Leningradi_Edasi_toimetus, lk 155
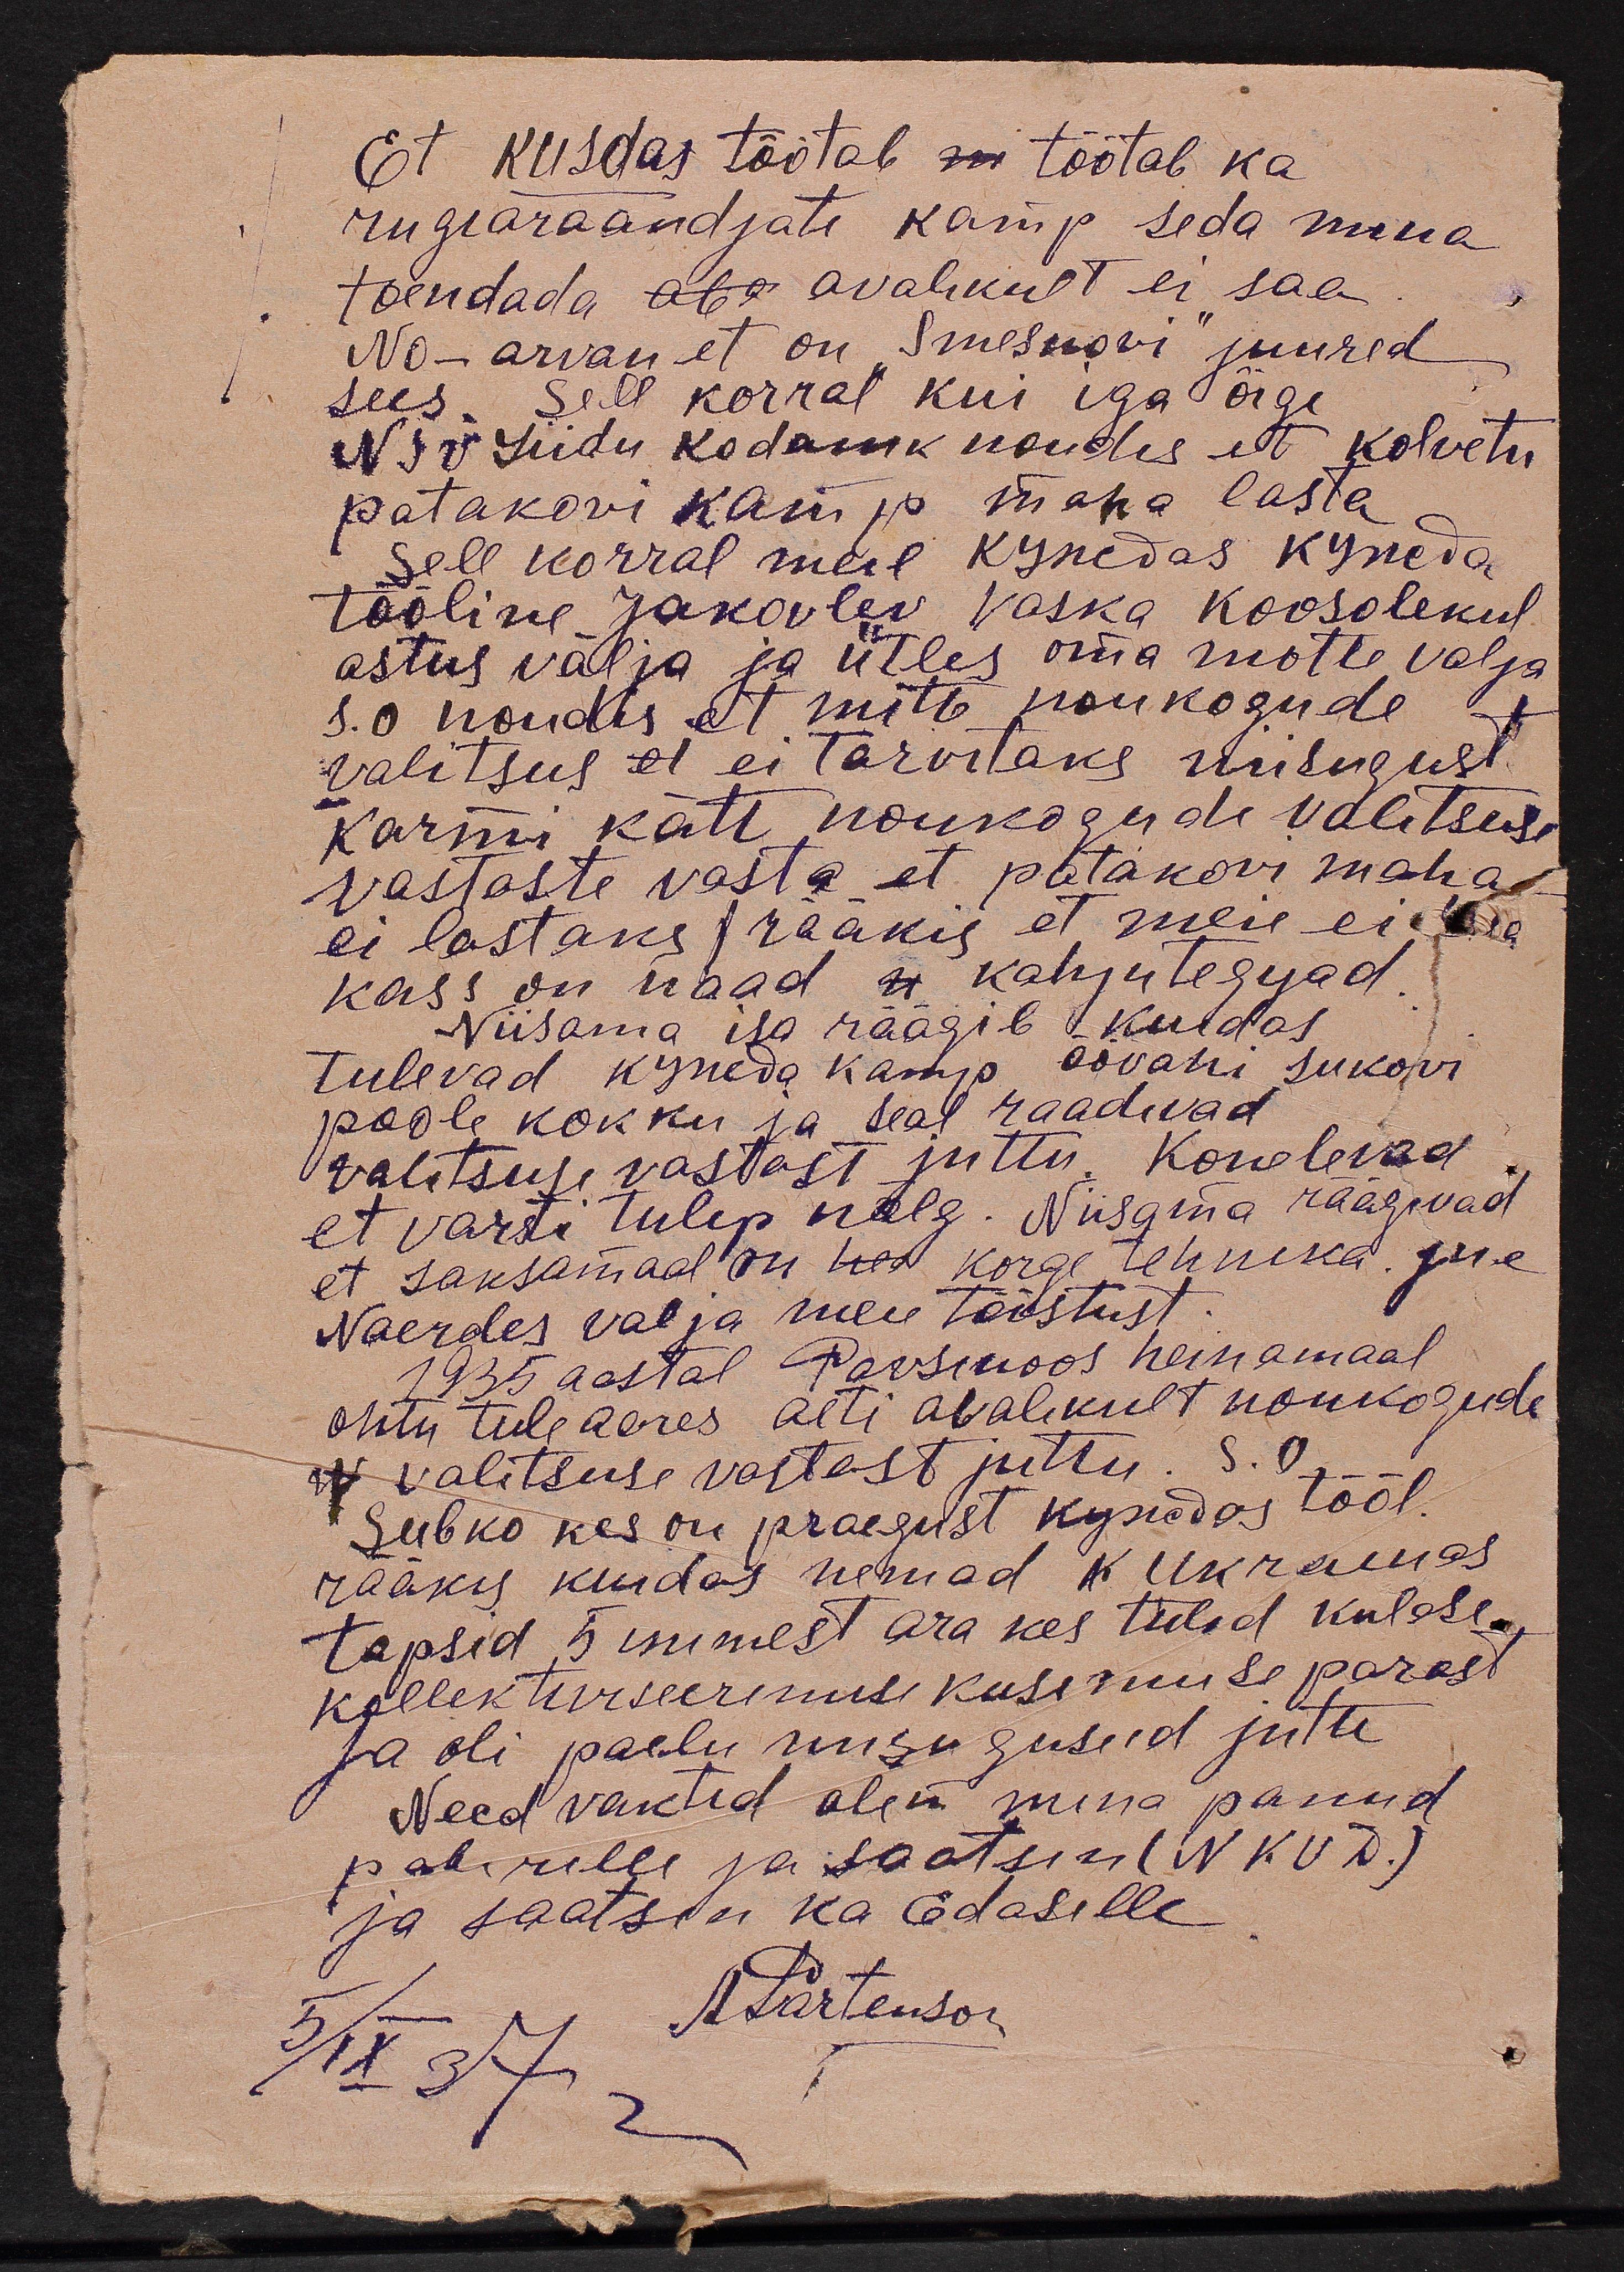
Et kuidas töötab töötab ka
riigi äraandjate kamp seda mina
toendada avalikult ei saa.
No - arvan, et on "Smesnovi"juured
sees sell korral kui iga õige
NSV Liidu kodanik noudis et kolvetu
patakovi kamp maha lasta
sell korral meil kynedas kyneda
tööline Jakovlev Vaska koosolekul
astus välja ja ütles oma mõtte valja
s. o. noudis et mitte noukogude
valitsus ei tarvitaks niisugust
karmi kätt noukogude valitsuse
vastaste vasta et patakovi maha
ei lastaks rääkis et meie ei
kass on naad kahjutegijad.
Niisama isa räägib kuidas
tulevad kupeda kamp öövahi sukovi
poole kokku ja seal raadivad
valitsuse vastast juttu. Konelevad
et varsti tulep nälg. Niisama räägivad
et saksamaal on hea korge tehnika jne
Naerdes valja meie tööstust.
1935 aastal Pavsinoos heinamaal.
ohtu tuleaares aeti avalikult noukogude
valitsuse vastast juttu. s.o.
Subko kes on praegust kupedas tööl.
rääkis kuidas nemad Ukrainas
tapsid 5 inimest ära kes tulid kulase.
kollektiviseerimise kusimuse pärast
Ja oli paelu niisugused jutte
Need vakstid olen mina panud
paberille ja saatsin (NKVD.)
ja saatsin ka Edasille
A. Pärtenson
5/IX 37.